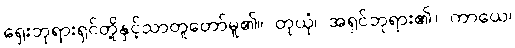
ရှေးဘုရားရှင်တို့နှင့်သာတူတော်မူ၏။ တုယှံ၊ အရှင်ဘုရား၏။ ကာယေ၊